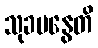
သုခမနွေတိ